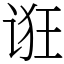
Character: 诳